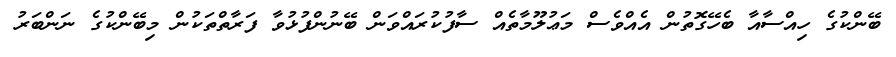
ބޭންކުގެ ހިއްސާއާ ބެހޭގޮތުން އެއްވެސް މަޢުލޫމާތެއް ސާފުކުރައްވަން ބޭނުންފުޅުވާ ފަރާތްތަކުން މިބޭންކުގެ ނަންބަރު